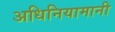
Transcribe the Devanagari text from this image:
अधिनियामानी